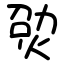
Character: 𤉎